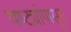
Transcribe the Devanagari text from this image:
यष्ट्यांपासून